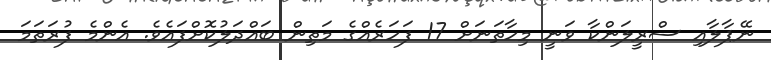
ނޭޕާލާއި ސްރީލަންކާ ވަނީ މިހާތަނަށް 17 ފަހަރެއްގެ މަތިން ބައްދަލުކޮށްފައެވެ. އެންމެ ފުރަތަމަ